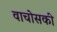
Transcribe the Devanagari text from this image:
वाचोसकी